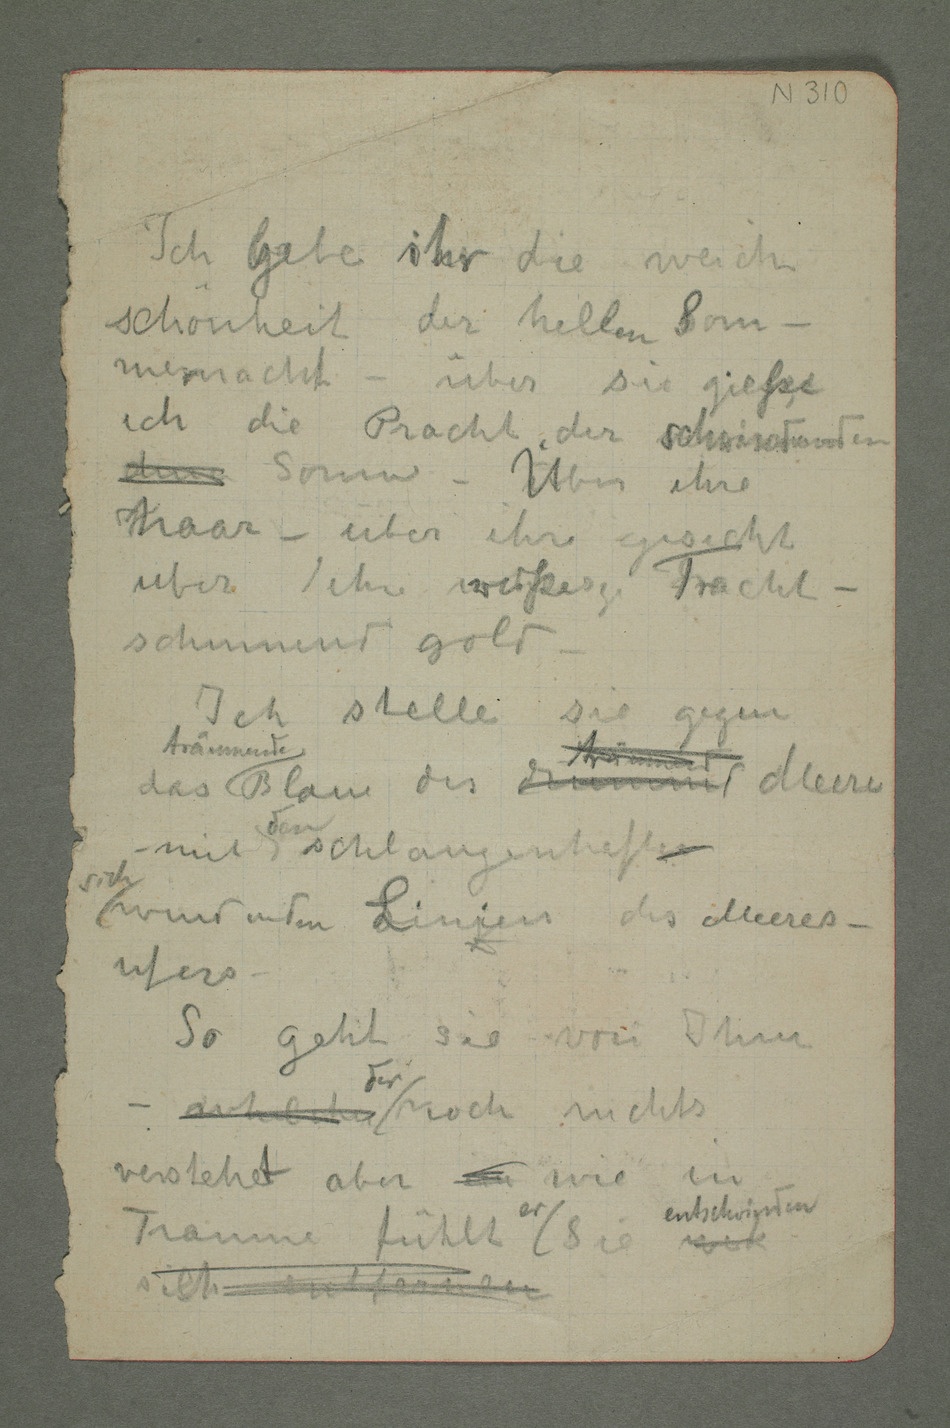
schönheit der hellen Som –
ich die Pracht der schwindenden
haar – über ihr gesicht
schinnend gold –
Ich stelle sie gegen
mit den schlangenhaften
windenden Linjien des Meeres-
ufers –
verstehet aber  wie in